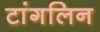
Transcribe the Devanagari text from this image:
टांगलिन